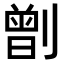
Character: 𠟂